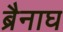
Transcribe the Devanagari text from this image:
ब्रैनाघ